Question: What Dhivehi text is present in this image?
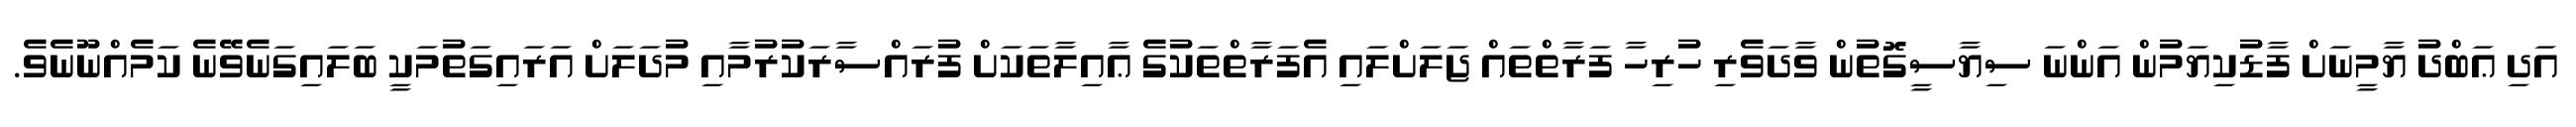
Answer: އަދި ޢަބްދު ޔާމީނަށް ފާޑުކިޔަމުން އަންނަ ސިޔާސީގޮތުން ވާދަވެރި ހުރިހާ ފަރާތްތައް ޖަލަށްލައި އެފަރާތްތަކުގެ ޢާއިލާތަކަށް ފުރައްސާރަކުރުމާއި މުދަލަށް އަރައިގަތުމަކީ ބަލައިގަނެވޭނެ ކަމެއްނޫނެވެ.